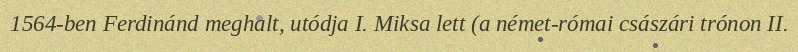
1564-ben Ferdinánd meghalt, utódja I. Miksa lett (a német-római császári trónon II.